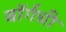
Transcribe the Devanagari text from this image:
बॉर्गची